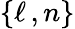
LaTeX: \{ \ell\, ,n\}